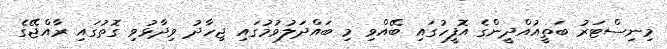
މިނިސްޓަރު ބަތީއުއްދީންގެ އޮފީހުގައި ބޭއްވި މި ބައްދަލުވުމުގައި ޖިހާދު ވިދާޅުވި ގޮތުގައި ރާއްޖޭގެ